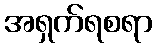
အရှက်ရစရာ